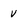
Character: V